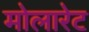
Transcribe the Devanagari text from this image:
मोलारेट